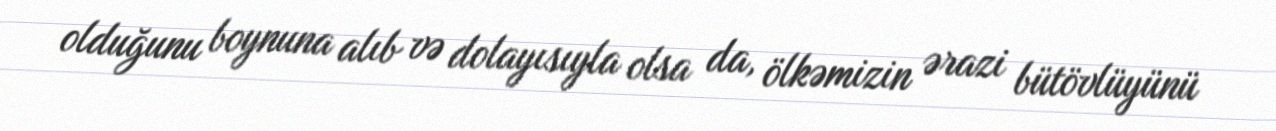
olduğunu boynuna alıb və dolayısıyla olsa da, ölkəmizin ərazi bütövlüyünü